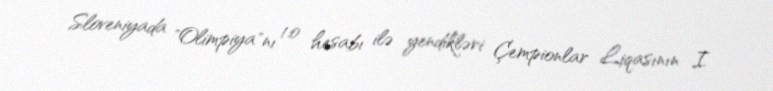
Sloveniyada "Olimpiya"nı 1:0 hesabı ilə yendikləri Çempionlar Liqasının I